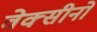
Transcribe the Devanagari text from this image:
वेक्सीनों